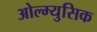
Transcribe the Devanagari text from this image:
ओल्म्युसिक